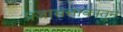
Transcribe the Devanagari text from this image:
प्रजासत्ताकातून